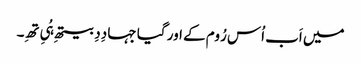
میں اَب اُس رُوم کے اور گیا جہا دِدِ بیتھِ ہُیِ تھِ۔